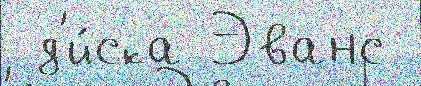
 д'и́ска Эванс